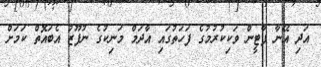
އަދި އޭނާ ޕާޓީން ވަކިކުރުމުގެ ފަހަތުގައި އާދަމް މަނިކުގެ ނުފޫޒު އެބައޮތް ކަމަށް